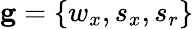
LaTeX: \mathbf{g}=\{ w_{x},s_{x},s_{r}\}